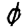
Digit: 0